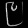
Digit: ၉